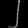
Digit: ၂